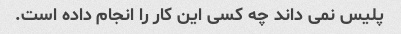
پلیس نمی داند چه کسی این کار را انجام داده است.